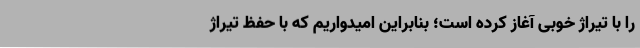
را با تیراژ خوبی آغاز کرده است؛ بنابراین امیدواریم که با حفظ تیراژ